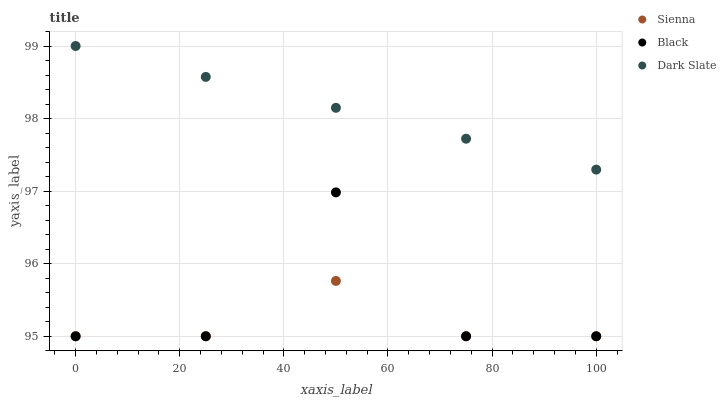
| xaxis_label | Sienna | Black | Dark Slate |
 | --- | --- | --- | --- |
 | 0 | 95 | 95 | 99 |
 | 25 | 95 | 95 | 98.6 |
 | 50 | 95.8 | 97 | 98.1 |
 | 75 | 95 | 95 | 97.7 |
 | 100 | 95 | 95 | 97.3 |